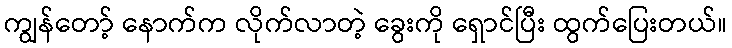
ကျွန်တော့် နောက်က လိုက်လာတဲ့ ခွေးကို ရှောင်ပြီး ထွက်ပြေးတယ်။